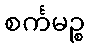
စင်္ကမဉ္စ